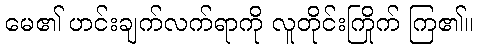
မေ၏ ဟင်းချက်လက်ရာကို လူတိုင်းကြိုက် ကြ၏။